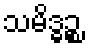
သမိဒ္ဓဉ္စ